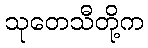
သုတေသီတို့က